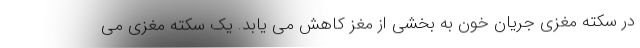
در سکته مغزی جریان خون به بخشی از مغز کاهش می یابد. یک سکته مغزی می